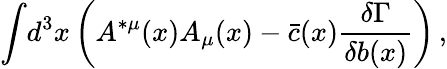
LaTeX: \displaystyle{\int}d^{3}x\left(A^{*\mu}(x)A_{\mu}(x)-\bar{c}(x){\displaystyle{\frac{\delta\Gamma}{\delta b(x)}}}\right)\, ,